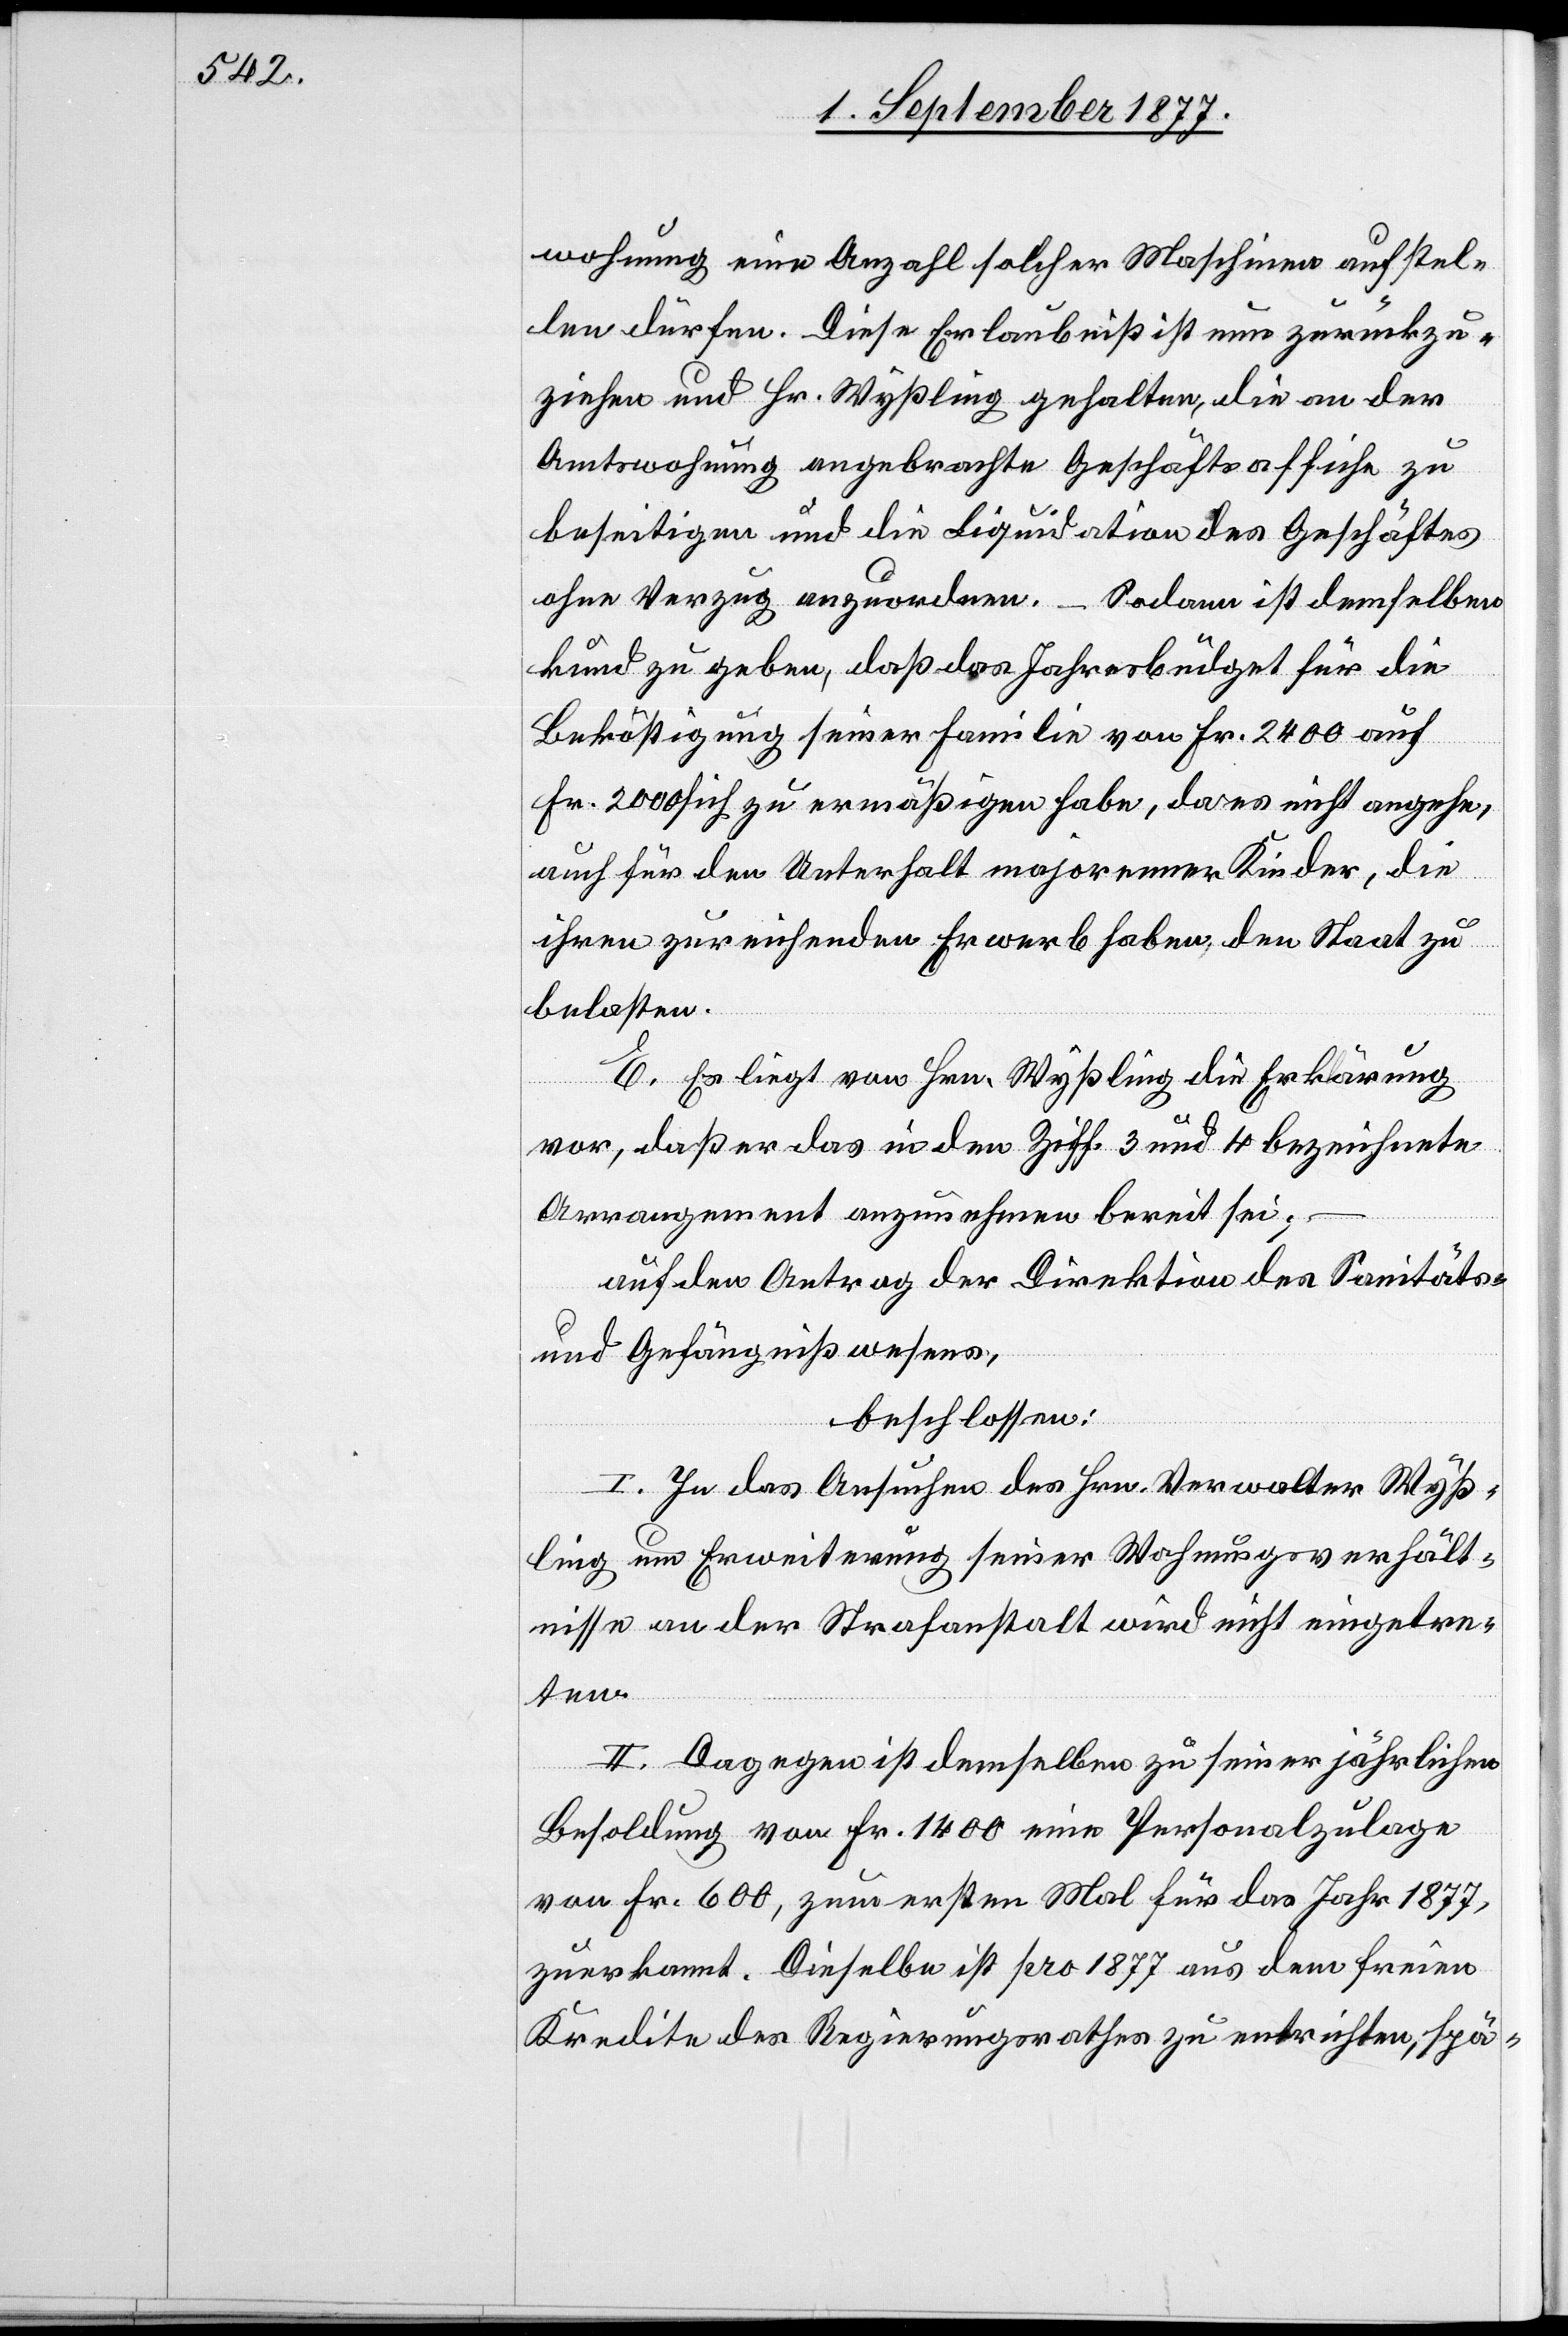
wohnung eine Anzahl solcher Maschinen aufstel¬
len dürfen. Diese Erlaubniß ist nun zurückzu¬
ziehen und Hr. Wyßling gehalten, die an der
Amtswohnung angebrachte Geschäftsaffiche zu
beseitigen und die Liquidation des Geschäftes
ohne Verzug anzuordnen. – Sodann ist demselben
kund zu geben, daß das Jahresbüdget für die
Beköstigung seiner Familie von Fr. 2400 auf
Fr. 2000 sich zu ermäßigen habe, da es nicht angehe,
auch für den Unterhalt majorenner Kinder, die
ihren zureichenden Erwerb haben, den Staat zu
belasten.
E. Es liegt von Hrn. Wyßling die Erka-l-aärung
vor, daß er das in den Ziff. 3 und 4 bezeichnete
Arrangement anzunehmen bereit sei;
auf den Antrag der Direktion des Sanitäts-
und Gefängnißwesens,
beschlossen:
I. In das Ansuchen des Hrn. Verwalter Wyß¬
ling um Erweiterung seiner Wohnungsverhält¬
nisse an der Strafanstalt wird nicht eingetre¬
ten.
II. Dagegen ist demselben zu seiner jährlichen
Besoldung von Fr. 1400 eine Personalzulage
von Fr. 600, zum ersten Mal für das Jahr 1877,
zuerkannt. Dieselbe ist pro 1877 aus dem freien
Kredite des Regierungsrathes zu entrichten, spä-